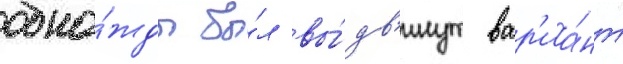
одна́жды бы́л вы́дв'инут вар'иа́нт